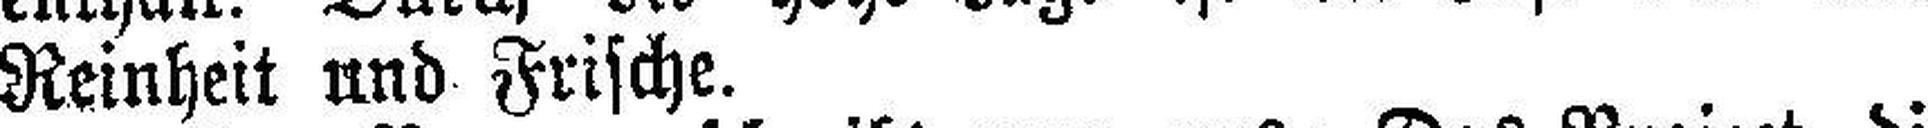
Reinheit und Frische.